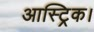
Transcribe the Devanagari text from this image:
आस्ट्रिक।